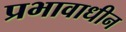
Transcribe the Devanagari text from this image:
प्रभावाधीन